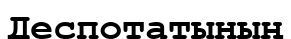
Деспотатының